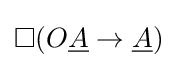
\square (O{\underline {A}}\to {\underline {A}})